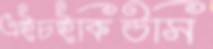
এইচইকিউসি